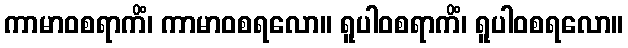
ကာမာဝစရာကိံ၊ ကာမာဝစရလော။ ရူပါဝစရာကိံ၊ ရူပါဝစရလော။